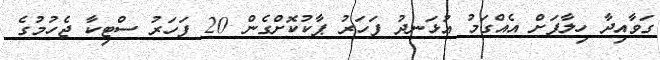
ގަވާއިދާ ހިލާފަށް އެއްގަމު އުޅަނދު ފަހަރު ޕާކުކޮށްގެން 20 ފަހަރު ސްޓިކާ ޖެހުމުގެ